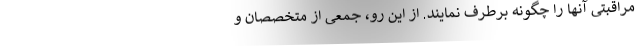
مراقبتی آنها را چگونه برطرف نمایند. از این رو، جمعی از متخصصان و